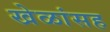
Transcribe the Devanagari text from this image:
खेळांसह